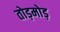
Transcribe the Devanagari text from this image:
तोड़मोड़